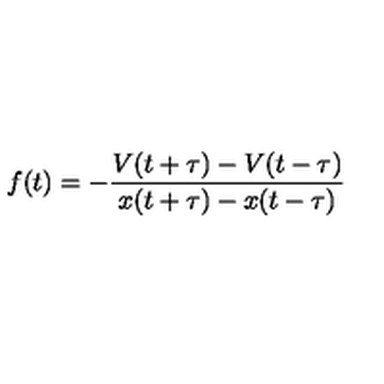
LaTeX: f ( t ) = - \frac { V ( t + \tau ) - V ( t - \tau ) } { x ( t + \tau ) - x ( t - \tau ) }